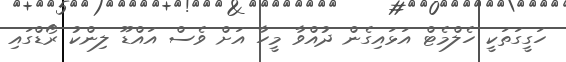
ހަގީގަތަކީ ހެލްމެޓް އަޅައިގެން ދުއްވާ މީހާ އަށް ވެސް އައްޑޫ ލިންކު ރޯޑްގައި